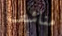
مناشف